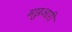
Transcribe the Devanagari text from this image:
मछुआरी